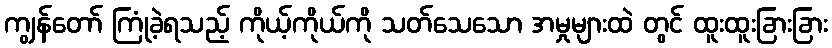
ကျွန်တော် ကြုံခဲ့ရသည့် ကိုယ့်ကိုယ်ကို သတ်သေသော အမှုများထဲ တွင် ထူးထူးခြားခြား